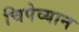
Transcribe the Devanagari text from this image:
चिपेव्यान